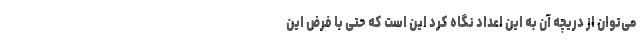
می‌توان از دریچه آن به این اعداد نگاه کرد این است که حتی با فرض این